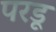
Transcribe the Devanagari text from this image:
परडू